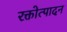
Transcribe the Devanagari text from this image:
रक्तोत्पादन